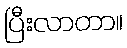
ပြီးလာတာ။